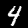
Label: 4